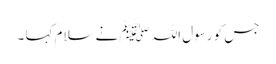
جس کو رسول اللہ ﷺ نے سلام کہا ۔